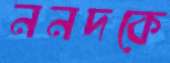
ননদকে